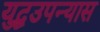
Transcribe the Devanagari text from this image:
युद्धउपन्यास